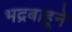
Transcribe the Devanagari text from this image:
भद्रबाहूने